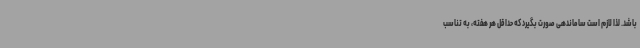
باشد. لذا لازم است ساماندهی صورت بگیرد که حداقل هر هفته، به تناسب